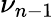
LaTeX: \nu_{n-1}